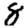
Digit: 8